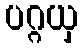
ပဂ္ဂယှ